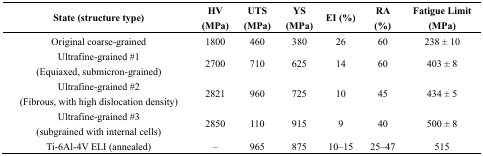
<table><thead><tr><td><b>State (structure type)</b></td><td><b>HV (MPa)</b></td><td><b>UTS (MPa)</b></td><td><b>YS (MPa)</b></td><td><b>EI (%)</b></td><td><b>RA (%)</b></td><td><b>Fatigue Limit (MPa)</b></td></tr></thead><tbody><tr><td>Original coarse-grained</td><td>1800</td><td>460</td><td>380</td><td>26</td><td>60</td><td>238 ± 10</td></tr><tr><td>Ultrafine-grained #1 (Equiaxed, submicron-grained)</td><td>2700</td><td>710</td><td>625</td><td>14</td><td>60</td><td>403 ± 8</td></tr><tr><td>Ultrafine-grained #2 (Fibrous, with high dislocation density)</td><td>2821</td><td>960</td><td>725</td><td>10</td><td>45</td><td>434 ± 5</td></tr><tr><td>Ultrafine-grained #3 (subgrained with internal cells)</td><td>2850</td><td>110</td><td>915</td><td>9</td><td>40</td><td>500 ± 8</td></tr><tr><td>Ti-6Al-4V ELI (annealed)</td><td>–</td><td>965</td><td>875</td><td>10–15</td><td>25–47</td><td>515</td></tr></tbody></table>